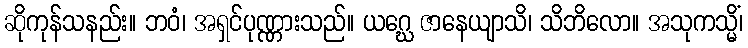
ဆိုကုန်သနည်း။ ဘဝံ၊ အရှင်ပုဏ္ဏားသည်။ ယဂ္ဃေ ဇာနေယျာသိ၊ သိဘိလော။ အသုကသ္မိံ၊